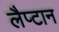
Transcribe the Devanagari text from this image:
लैप्टान